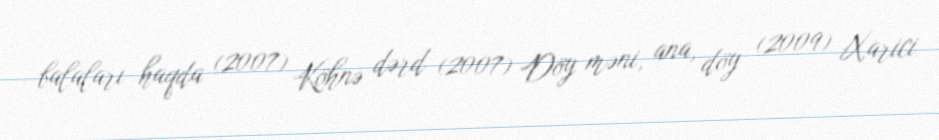
balaları haqda (2007) Köhnə dərd (2007) Döy məni, ana, döy (2009) Xarici